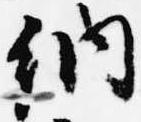
納